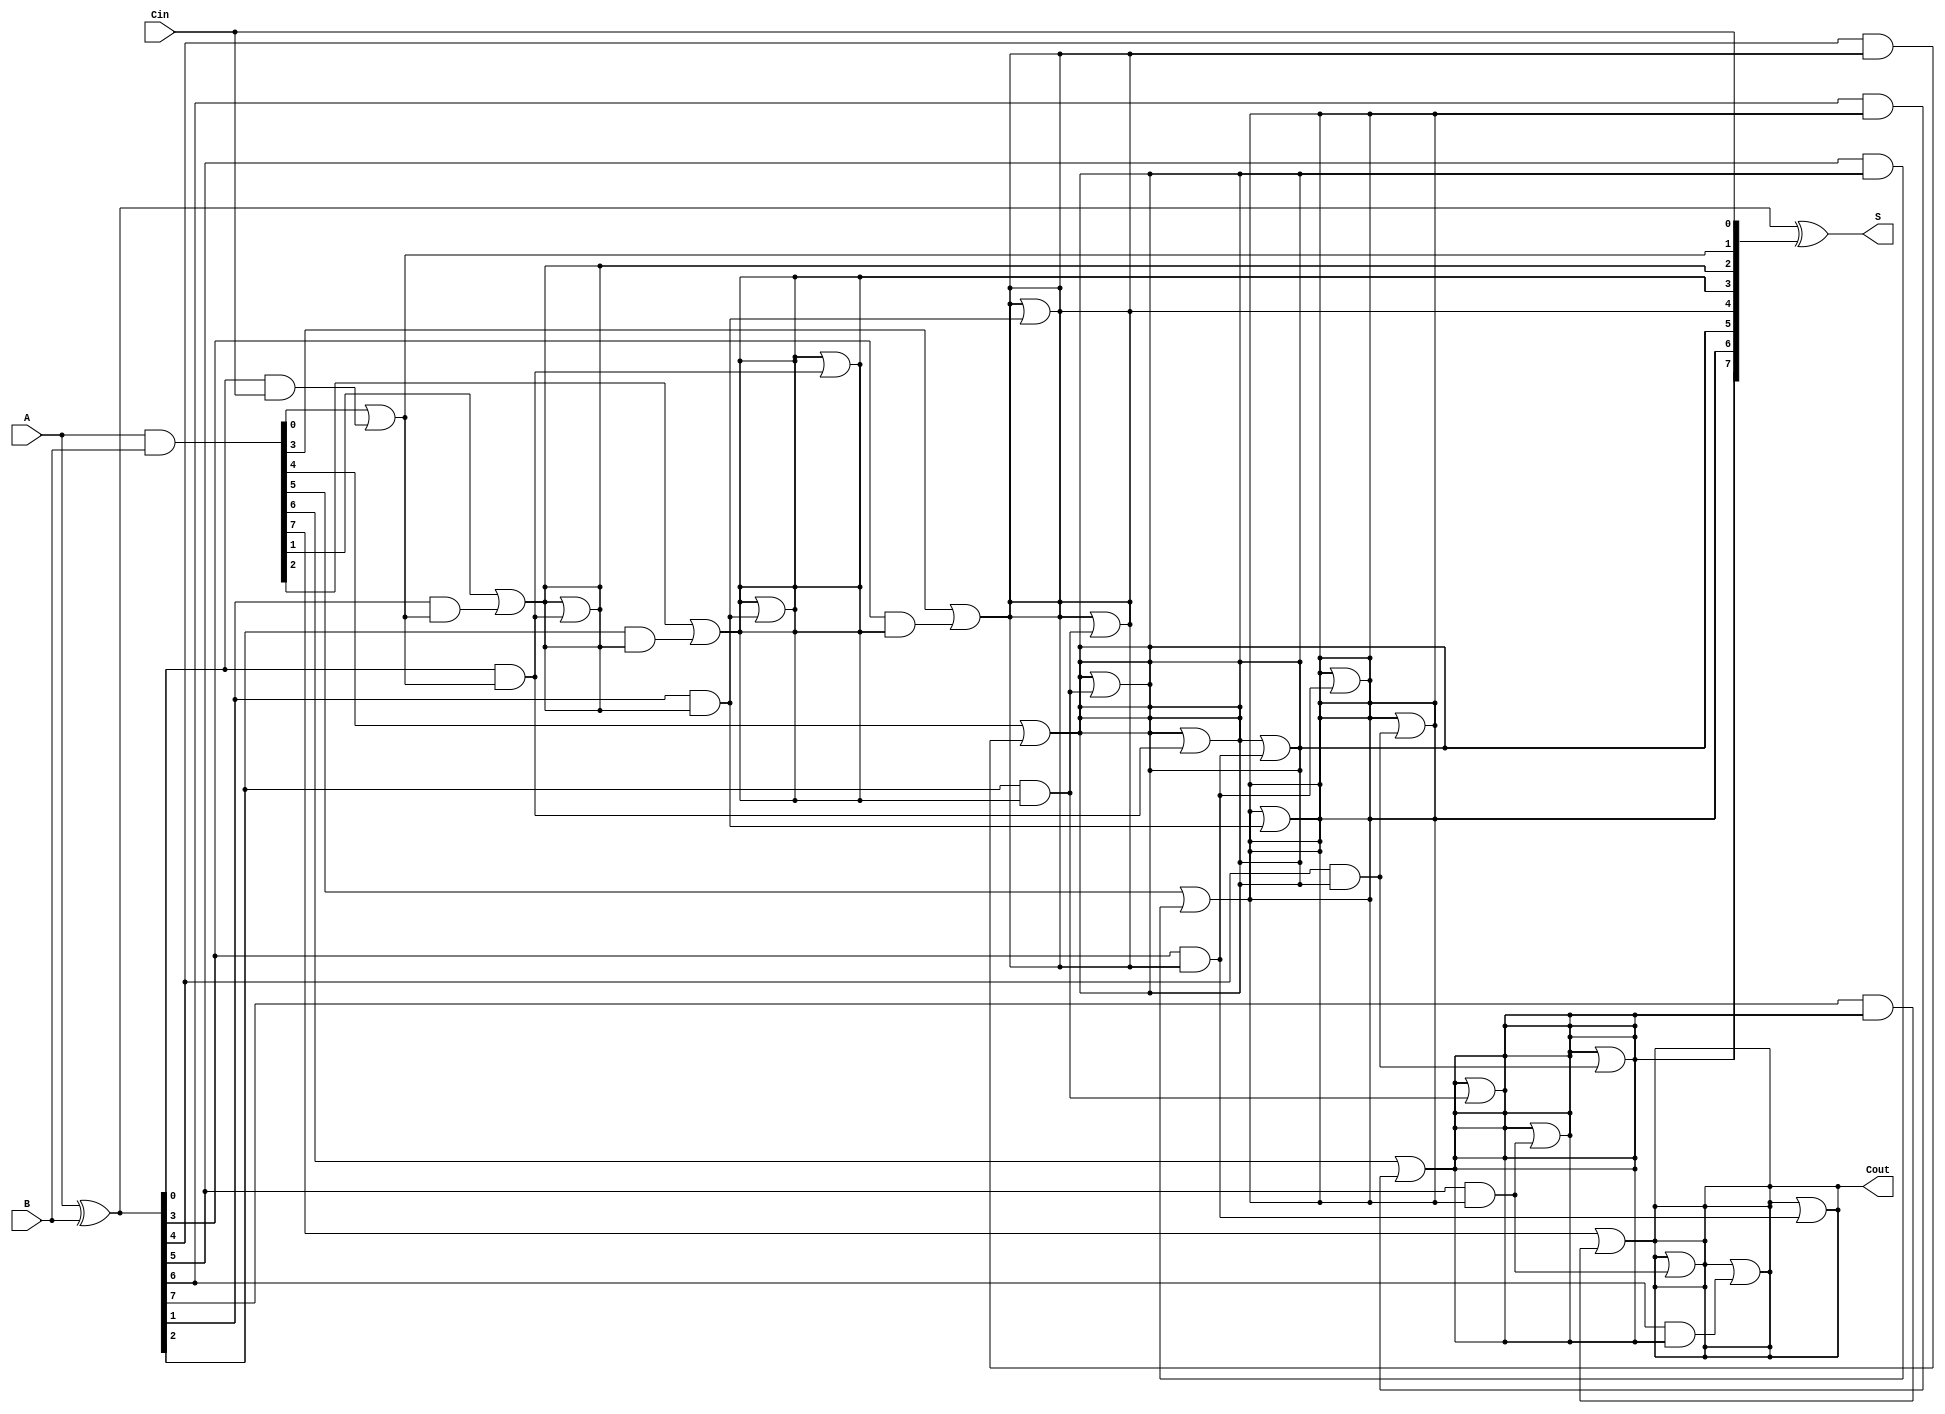
module KoggeStoneAdder #(parameter n = 8) (
    input  [n-1:0] A,      // First operand
    input  [n-1:0] B,      // Second operand
    input          Cin,     // Carry-in
    output [n-1:0] S,      // Sum output
    output         Cout     // Carry-out
);

    // Generate and propagate signals
    wire [n-1:0] P; // Propagate
    wire [n-1:0] G; // Generate
    wire [n:0] C;   // Carry signals

    // Generate and propagate calculations
    assign P = A ^ B; // Propagate
    assign G = A & B; // Generate

    // Initialize carry signals
    assign C[0] = Cin;

    // Kogge-Stone carry generation
    genvar i, j;
    generate
        // Stage 1
        for (i = 0; i < n; i = i + 1) begin
            if (i == 0) begin
                assign C[i+1] = G[i] | (P[i] & C[i]);
            end else begin
                assign C[i+1] = G[i] | (P[i] & C[i]);
            end
        end

        // Stage 2 and beyond
        for (j = 1; j < n; j = j * 2) begin
            for (i = 0; i < n; i = i + 1) begin
                if (i >= j) begin
                    assign C[i+1] = C[i+1] | (P[i-j] & C[i-j+1]);
                end
            end
        end
    endgenerate

    // Sum calculation
    assign S = P ^ C[n-1:0]; // Sum bits
    assign Cout = C[n];      // Final carry-out

endmodule